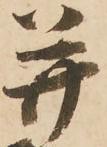
并